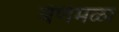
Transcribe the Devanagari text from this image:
बेणेमळा